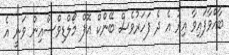
ބާއްވާފައިވާ އިރު އެ ދެ ފަހަރުވެސް ބޭންކް އޮފް މޯލްޑިވްސްއިން ވަނީ އެ